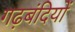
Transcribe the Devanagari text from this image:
गढ़बंदियों